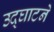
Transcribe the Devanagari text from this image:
उद्‌घाटने